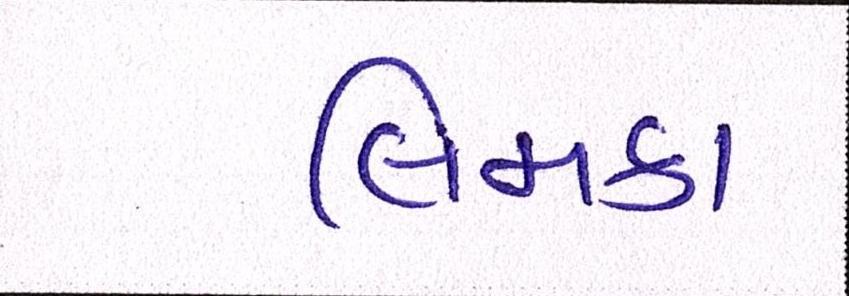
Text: લિમકા